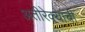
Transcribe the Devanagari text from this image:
अतीरेक्यांची